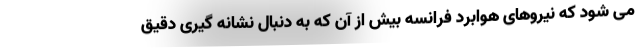
می شود که نیروهای هوابرد فرانسه بیش از آن که به دنبال نشانه گیری دقیق